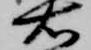
右